Vaccination in Bombay 1924-1928 - 1924-1928
Year: 1924
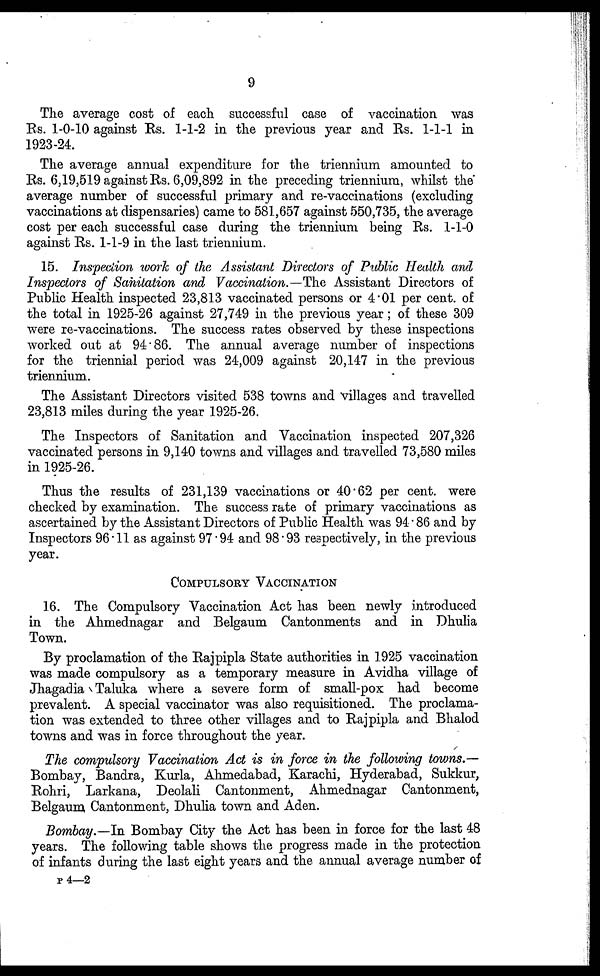
9
The average cost of each successful case of vaccination was
Rs. 1-0-10 against Rs. 1-1-2 in the previous year and Rs. 1-1-1 in
1923-24.
The average annual expenditure for the triennium amounted to
Rs. 6,19,519 against Rs. 6,09,892 in the preceding triennium, whilst the
average number of successful primary and re-vaccinations (excluding
vaccinations at dispensaries) came to 581,657 against 550,735, the average
cost per each successful case during the triennium being Rs. 1-1-0
against Rs. 1-1-9 in the last triennium.
15. Inspection work of the Assistant Directors of Public Health and
Inspectors of Sanitation and Vaccination.—The Assistant Directors of
Public Health inspected 23,813 vaccinated persons or 4.01 per cent. of
the total in 1925-26 against 27,749 in the previous year; of these 309
were re-vaccinations. The success rates observed by these inspections
worked out at 94.86. The annual average number of inspections
for the triennial period was 24,009 against 20,147 in the previous
triennium.
The Assistant Directors visited 538 towns and villages and travelled
23,813 miles during the year 1925-26.
The Inspectors of Sanitation and Vaccination inspected 207,326
vaccinated persons in 9,140 towns and villages and travelled 73,580 miles
in 1925-26.
Thus the results of 231,139 vaccinations or 40.62 per cent. were
checked by examination. The success rate of primary vaccinations as
ascertained by the Assistant Directors of Public Health was 94.86 and by
Inspectors 96.11 as against 97.94 and 98.93 respectively, in the previous
year.
COMPULSORY VACCINATION
16. The Compulsory Vaccination Act has been newly introduced
in the Ahmednagar and Belgaum Cantonments and in Dhulia
Town.
By proclamation of the Rajpipla State authorities in 1925 vaccination
was made compulsory as a temporary measure in Avidha village of
Jhagadia Taluka where a severe form of small-pox had become
prevalent. A special vaccinator was also requisitioned. The proclama-
tion was extended to three other villages and to Rajpipla and Bhalod
towns and was in force throughout the year.
The compulsory Vaccination Act is in force in the following towns.—
Bombay, Bandra, Kurla, Ahmedabad, Karachi, Hyderabad, Sukkur,
Rohri, Larkana, Deolali Cantonment, Ahmednagar Cantonment,
Belgaum Cantonment, Dhulia town and Aden.
Bombay.—In Bombay City the Act has been in force for the last 48
years. The following table shows the progress made in the protection
of infants during the last eight years and the annual average number of
P4—2